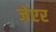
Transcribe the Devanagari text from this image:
जेएर